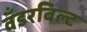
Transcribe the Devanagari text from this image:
वँडरबिल्ट